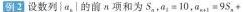
例2设数列{a_{n}}的前α项和为$$5_{n}+a_{1}=10$$，$$α_{a+1}=9S_{n}=